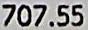
707.55